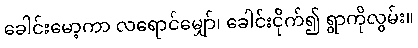
ခေါင်းမော့ကာ လရောင်မျှော်၊ ခေါင်းငိုက်၍ ရွာကိုလွမ်း။